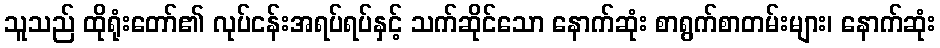
သူသည် ထိုရုံးတော်၏ လုပ်ငန်းအရပ်ရပ်နှင့် သက်ဆိုင်သော နောက်ဆုံး စာရွက်စာတမ်းများ၊ နောက်ဆုံး